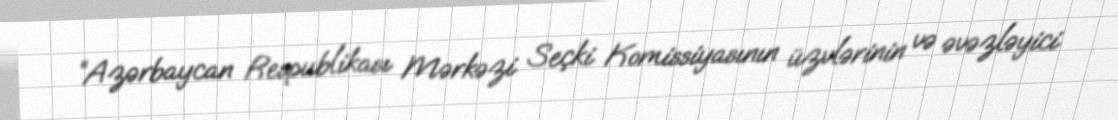
“Azərbaycan Respublikası Mərkəzi Seçki Komissiyasının üzvlərinin və əvəzləyici